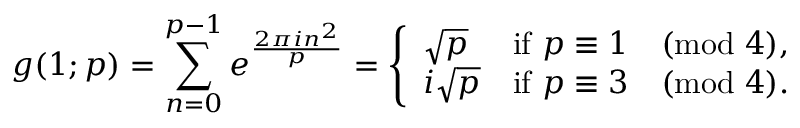
g ( 1 ; p ) = \sum _ { n = 0 } ^ { p - 1 } e ^ { \frac { 2 \pi i n ^ { 2 } } { p } } = { \left\{ \begin{array} { l l } { { \sqrt { p } } } & { { \mathrm { i f } } \ p \equiv 1 { \pmod { 4 } } , } \\ { i { \sqrt { p } } } & { { \mathrm { i f } } \ p \equiv 3 { \pmod { 4 } } . } \end{array} \right. }